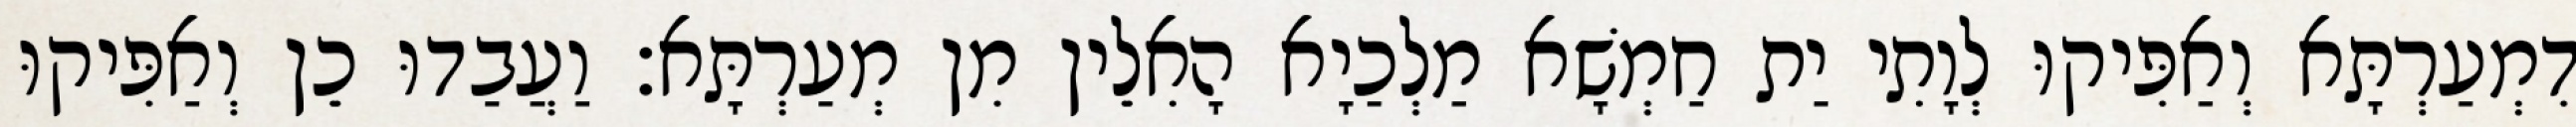
דִמְעַרְתָּא וְאַפִּיקוּ לְוָתִי יַת חַמְשָׁא מַלְכַיָא הָאִלֵין מִן מְעַרְתָּא׃ וַעֲבַדוּ כֵן וְאַפִּיקוּ